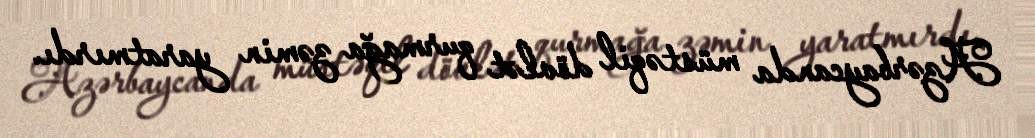
Azərbaycanda müstəqil dövlət qurmağa zəmin yaratmırdı.